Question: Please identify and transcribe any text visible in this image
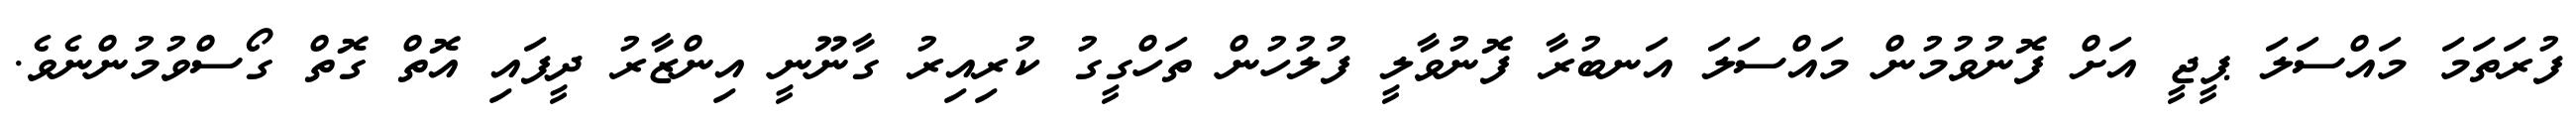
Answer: ފުރަތަމަ މައްސަލަ ޕީޖީ އަށް ފޮނުވުމުން މައްސަލަ އަނބުރާ ފޮނުވާލީ ފުލުހުން ތަހްގީގު ކުރިއިރު ގާނޫނީ އިންޒާރު ދީފައި އޮތް ގޮތް ގޯސްވުމުންނެވެ.